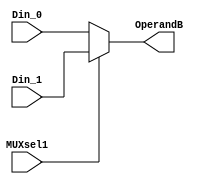
module MUX1(
    input MUXsel1,
    input [31:0] Din_0,
    input [31:0] Din_1,
    output [31:0] OperandB
    );
    
    wire [31:0] OperandB;
    assign OperandB = (MUXsel1 == 0) ? Din_0 : Din_1;
endmodule